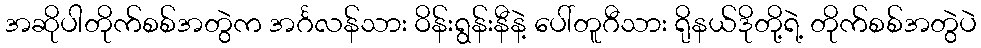
အဆိုပါတိုက်စစ်အတွဲက အင်္ဂလန်သား ဝိန်းရွန်းနီနဲ့ ပေါ်တူဂီသား ရိုနယ်ဒိုတို့ရဲ့ တိုက်စစ်အတွဲပဲ